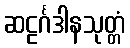
ဆဠင်္ဂဒါနသုတ္တံ